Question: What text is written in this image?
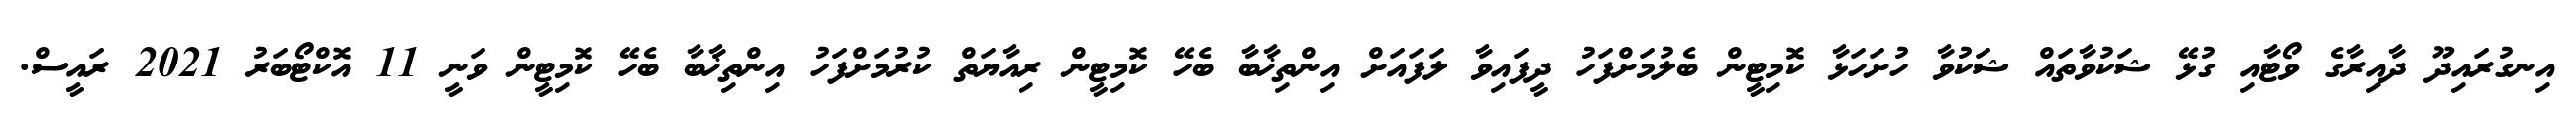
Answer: އިނގުރައިދޫ ދާއިރާގެ ވޯޓާއި ގުޅޭ ޝަކުވާތައް ޝަކުވާ ހުށަހަޅާ ކޮމިޓީން ބެލުމަށްފަހު ދީފައިވާ ލަފައަށް އިންތިޚާބާ ބެހޭ ކޮމިޓީން ރިއާޔަތް ކުރުމަށްފަހު އިންތިޚާބާ ބެހޭ ކޮމިޓީން ވަނީ 11 އޮކްޓޯބަރު 2021 ރައީސް.